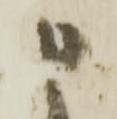
申